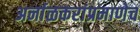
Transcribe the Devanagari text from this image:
अर्नाळकरांप्रमाणेच